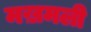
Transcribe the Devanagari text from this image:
मख़मली